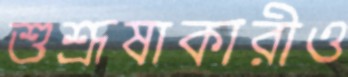
শুশ্রূষাকারীও